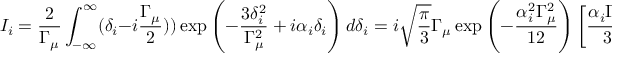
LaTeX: I _ { i } = \frac { 2 } { \Gamma _ { \mu } } \int _ { - \infty } ^ { \infty } ( \delta _ { i } - i \frac { \Gamma _ { \mu } } { 2 } ) ) \exp \left( - \frac { 3 \delta _ { i } ^ { 2 } } { \Gamma _ { \mu } ^ { 2 } } + i \alpha _ { i } \delta _ { i } \right) d \delta _ { i } = i \sqrt { \frac { \pi } { 3 } } \Gamma _ { \mu } \exp \left( - \frac { \alpha _ { i } ^ { 2 } \Gamma _ { \mu } ^ { 2 } } { 1 2 } \right) \left[ \frac { \alpha _ { i } \Gamma _ { \mu } } { 3 } - 1 \right]